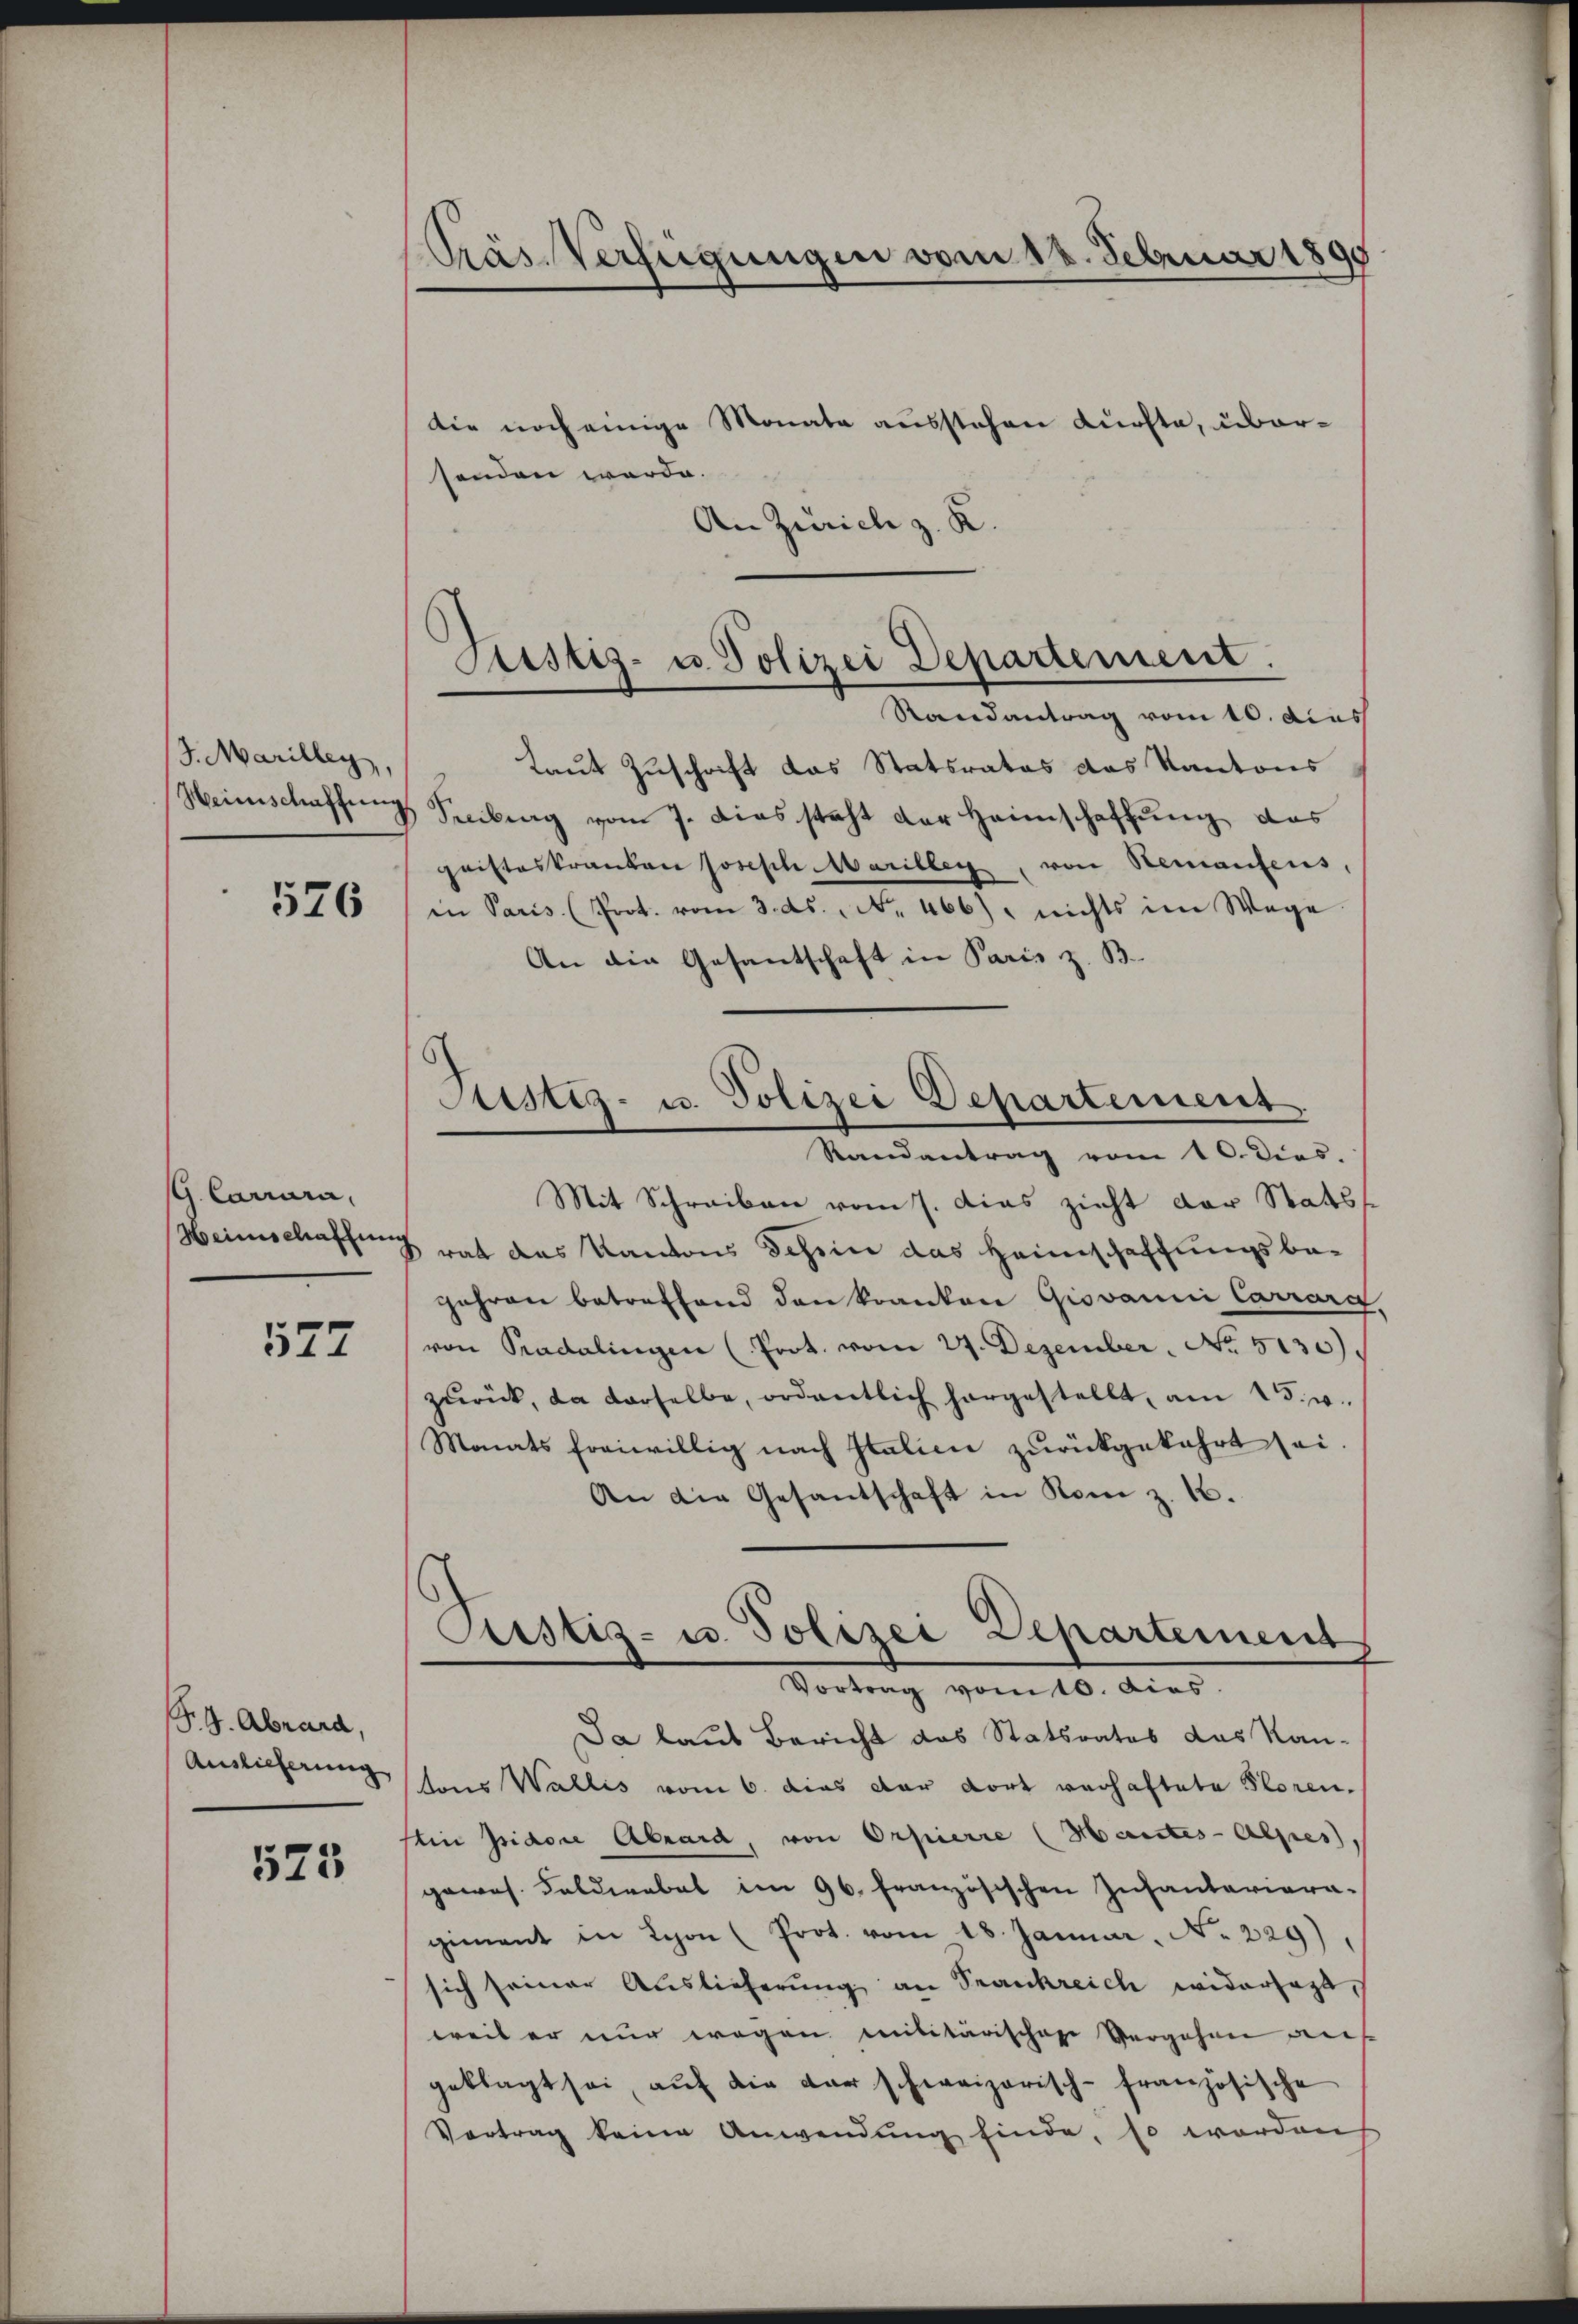
/3. Marilleÿ,
Heinschaffung

526

G. Carrara,

577

P. 9. Abrard,
Auslieferung

525

Präs. Verfügungen vom 18. Februar 1891

Sistiz- u. Polizei Departement.

Justiz- u. Polizei Departement

die noch einige Monate ausstehen dürfte, übersenden werde.
An Zürich z. K.
Randantrag vom 10. dies
Laut Zuschrift das Statsrates das Kantons
Seciburg vom 7. Dies steht der Heimschaffung das
gaisteskranken Joseph Mariller, von Renaufens,
in Paris. (Prot. vom 3. ds. No. 466) nichts im Wege
An die Gesantschaft in Paris z. B.
Randantrag vom 10. dies.
Mit Schreiben vom 7. Das zieht der Statts
Heimschaffung rat das Kantons Tessin das Heimschaffungsbe¬
Jahren betreffend den kanton Giovanni Carrara
von Kadalingen (Prot. vom 27. Dezember No. 5130)
zŭrück, da derselbe, ordentlich hergestellt, am 15. v.
Monats freiwillig nach Italici zurückgekehrt sei
An die Gesandschaft in Rom z. 16.
Cristiz- u. Polizei Departement
Vortrag vom 10. dies
Ja laut Bericht das Statsrates das Kantons Wallis vom 6. dies der dort verhaftete Ploren.
sin pidore Abrard, von Orpierre (Mantes-Alpes).
gewos. Feldwebel im 96. französischen Infantariara-
giment in Lyon (Prot. vom 18. Januar. No. 229)
sich seiner Auslieferung an Frankreich widersagt,
weil er nur wegen Militärischen Vergehen dies
geklagt sei, aŭf die der schweizerisch-französische
Vortrag keine Anwendung finde, so werden